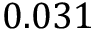
0 . 0 3 1